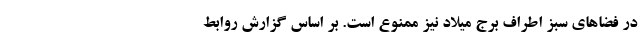
در فضا‌های سبز اطراف برج میلاد نیز ممنوع است. بر اساس گزارش روابط